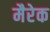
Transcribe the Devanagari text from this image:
मैरेक